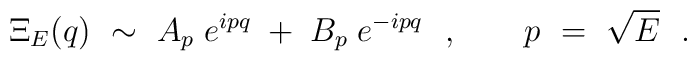
\Xi_E(q)\ \sim \ A_p \;e^{ipq}\;+\;B_p\; e^{-ipq}\ \ , \qquad   p\ =\ \sqrt{E} \ \ .